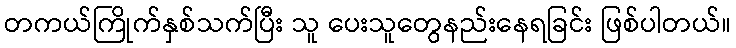
တကယ်ကြိုက်နှစ်သက်ပြီး သူ ပေးသူတွေနည်းနေရခြင်း ဖြစ်ပါတယ်။